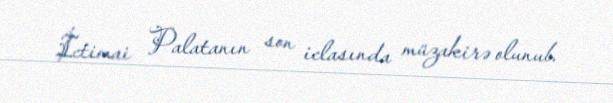
İctimai Palatanın son iclasında müzakirə olunub.